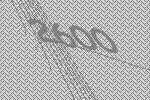
2600